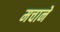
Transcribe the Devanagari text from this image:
मचानें